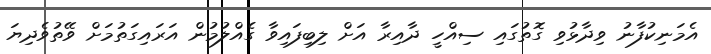
އެމަނިކުފާނު ވިދާޅުވި ގޮތުގައި ސިއްހީ ދާއިރާ އަށް ލިބިފައިވާ ގެއްލުމުން އަރައިގަތުމަށް ވޭތުވެދިޔަ